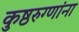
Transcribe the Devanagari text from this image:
कुष्ठरुग्णांना